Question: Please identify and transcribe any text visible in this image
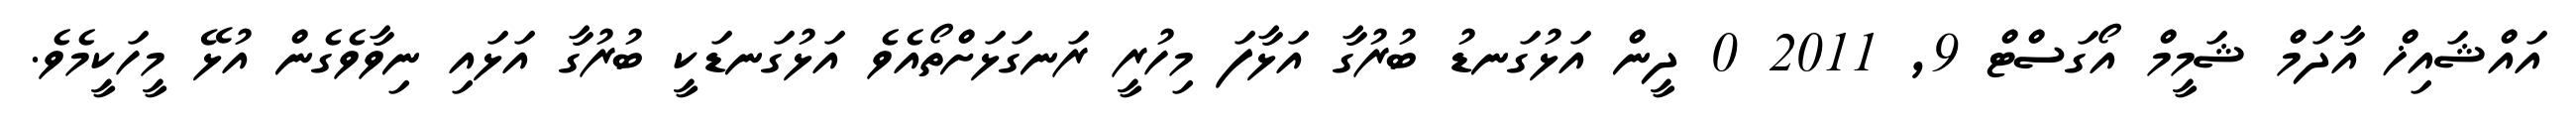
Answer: އައްޝައިޚް އާދަމް ޝަމީމް އޯގަސްޓް 9, 2011 0 ދީން އަޅުގަނޑު ބުރުގާ އަޅާފަ މިހުރީ ރަނގަޅަށްތޯއެވެ އަޅުގަނޑަކީ ބުރުގާ އަޅައި ނިވާވެގެން އުޅޭ މީހަކީމެވެ.